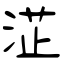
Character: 淽